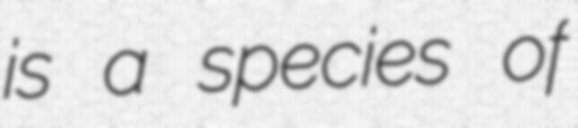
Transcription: is a species of